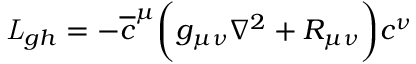
{ \it L } _ { g h } = - \overline { { c } } ^ { \mu } \biggl ( g _ { \mu \nu } \nabla ^ { 2 } + R _ { \mu \nu } \biggr ) c ^ { \nu }